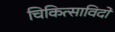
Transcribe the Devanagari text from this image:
चिकित्साविदों